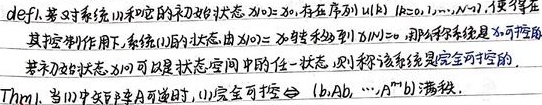
def1. 若对系统(1)取的非初始状态 $x_0\neq0$，存在序列 $u(k)\ (k = 0,1,\cdots,N - 1)$，使得在其控制作用下，系统(1)的状态由 $x_0$ 转移到 $x(N)=0$，则称该系统是 $x_0$ -可控的。若初始状态 $x_0$ 可以是状态空间中的任一状态，则称该系统是完全可控的。

Thm1. 当(1)中矩阵 $A$ 可逆时，(1)完全可控 $\Leftrightarrow (b,Ab,\cdots,A^{n - 1}b)$ 满秩。